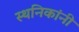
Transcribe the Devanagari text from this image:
स्थनिकांनी